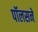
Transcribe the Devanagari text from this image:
पॉलसने